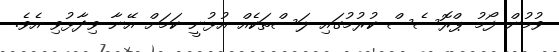
ވުމުން ފޯމު ޕްރޮސެސް ކުރުމުގައި ލަސްތަކެއް އުޅުނީ ކަމަށް އޭނާ ވިދާޅުވި އެވެ.